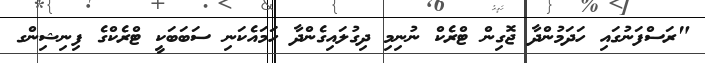
"ރަސްފަނުގައި ހަދަމުންދާ ޖޮގިން ޓްރެކް ނުނިމި ދިގުލައިގެންދާ ހަމައެކަނި ސަބަބަކީ ޓްރެކްގެ ފިނިޝިންގ